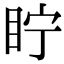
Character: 眝